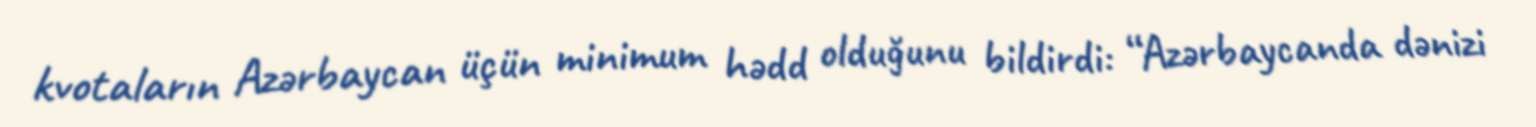
kvotaların Azərbaycan üçün minimum hədd olduğunu bildirdi: “Azərbaycanda dənizi